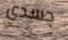
جسدي